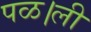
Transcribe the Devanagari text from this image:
पळ।ली